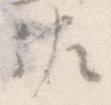
佐